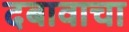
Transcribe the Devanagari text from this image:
दबावाचा